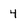
Character: 4